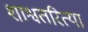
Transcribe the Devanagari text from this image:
शाश्वतरित्या